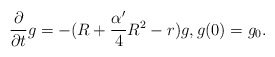
\begin{align*}\frac{\partial}{\partial t}g=-(R+\frac{\alpha'}{4}R^2-r)g,g(0)=g_0.\end{align*}